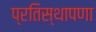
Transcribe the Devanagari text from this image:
प्रतिस्थापणा